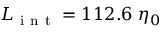
L _ { \mathrm { ~ i ~ n ~ t ~ } } = 1 1 2 . 6 \ \eta _ { 0 }